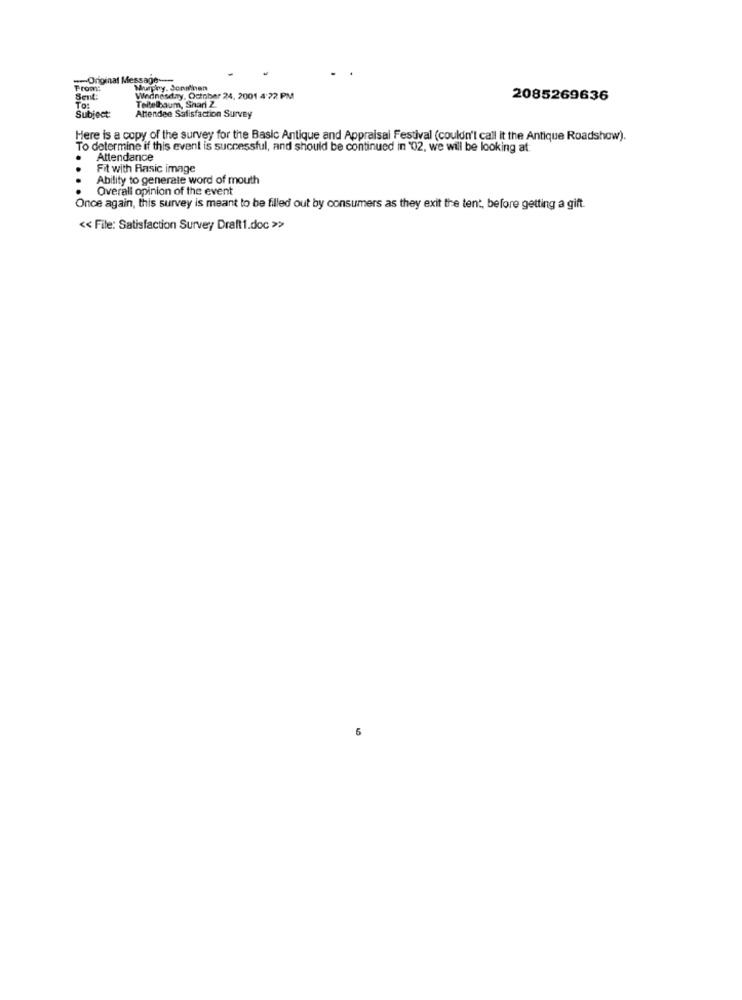
-- Original Message ---
Prom:
Murphy. Jonslinen
Sent:
Wednesday, October 24, 2001 4:22 PM
Teltelbaum, Shari 2.
2085269636
TO:
Subject:
Attendee Satisfaction Survey
Here is a copy of the survey for the Basic Antique and Appraisal Festival (couldn't call it the Antique Roadshow).
To determine if this event is successful, and should be continued in '02, we will be looking at:
Attendance
Fit with Rasic image
Ability to generate word of mouth
....
Overall opinion of the event
Once again, this survey is meant to be filled out by consumers as they exit the tent, before getting a gift.
<< File: Satisfaction Survey Draft1.doc >>
6